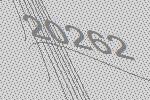
20262